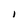
Character: I